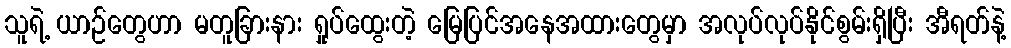
သူရဲ့ ယာဉ်တွေဟာ မတူခြားနား ရှုပ်ထွေးတဲ့ မြေပြင်အနေအထားတွေမှာ အလုပ်လုပ်နိုင်စွမ်းရှိပြီး အီရတ်နဲ့